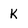
Character: K